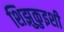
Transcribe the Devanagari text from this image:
शिझुकुइशी